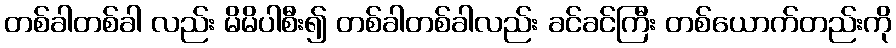
တစ်ခါတစ်ခါ လည်း မိမိပါစီး၍ တစ်ခါတစ်ခါလည်း ခင်ခင်ကြီး တစ်ယောက်တည်းကို